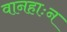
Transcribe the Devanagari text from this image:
वानहाःन